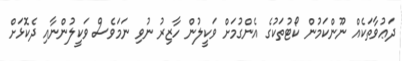
ދަޢުވާތަކެއް ނޫންކަމުން ކޯޓުތަކުގެ އެންގުމަށް ވަކީލުން ހާޒިރު ނުވި ނަމަވެސް ވަކީލުންނާއި ދެކޮޅަށް